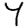
Digit: 4